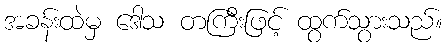
အခန်းထဲမှ ဒေါသ တကြီးဖြင့် ထွက်သွားသည်။